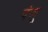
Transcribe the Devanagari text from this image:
पंजू